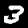
Digit: 3